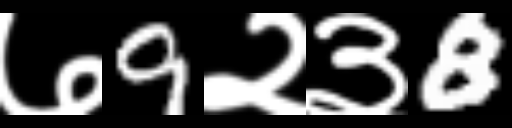
Text: ७9२३8